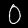
Digit: 0